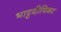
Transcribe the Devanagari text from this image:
भाट्टदीपिका